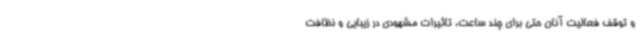
و توقف فعالیت آنان حتی برای چند ساعت، تاثیرات مشهودی در زیبایی و نظافت